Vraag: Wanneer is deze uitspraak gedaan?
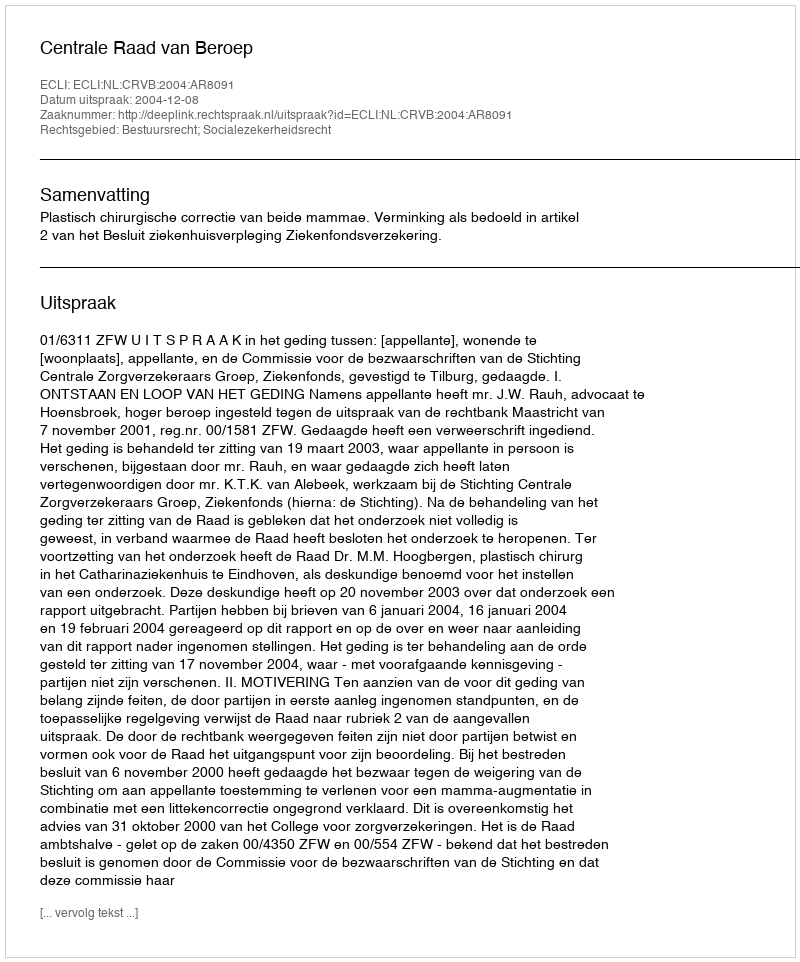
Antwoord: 2004-12-08